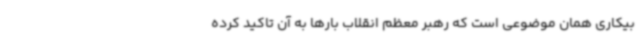
بیکاری همان موضوعی است که رهبر معظم انقلاب بارها به آن تاکید کرده